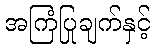
အကြံပြုချက်နှင့်